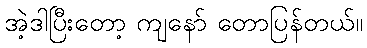
အဲ့ဒါပြီးတော့ ကျနော် တောပြန်တယ်။